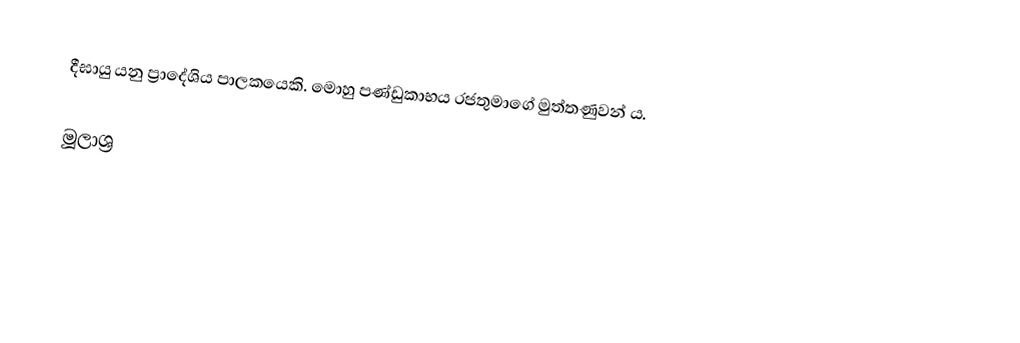
දීඝායු යනු ප්‍රාදේශිය පාලකයෙකි. මොහු පණ්ඩුකාභය රජතුමාගේ මුත්තණුවන් ය.

මූලාශ්‍ර